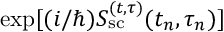
\exp [ ( i / \hbar ) S _ { \mathrm { s c } } ^ { ( t , \tau ) } ( t _ { n } , \tau _ { n } ) ]